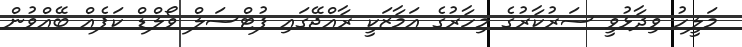
މަލީހު ވިދާޅުވީ ސަރުކާރުގެ މިހާރުގެ އަމާޒަކީ ރާއްޖޭގައި ފުޓްސަލް ވޯލްޑް ކަޕެއް ބޭއްވުން